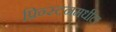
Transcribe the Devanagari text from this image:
प्रिन्स्टनमधील